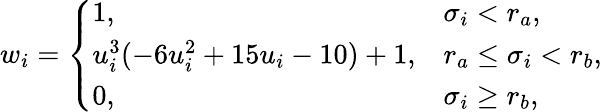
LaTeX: w_{i}=\left\{ \begin{array}{ll}{1,}&{\sigma_{i}<r_{a},}\\ {u_{i}^{3}(-6u_{i}^{2}+15u_{i}-10)+1,}&{r_{a}\leq\sigma_{i}<r_{b},}\\ {0,}&{\sigma_{i}\geq r_{b},}\end{array}\right.